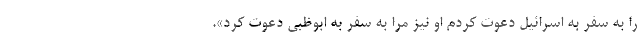
را به سفر به اسرائیل دعوت کردم او نیز مرا به سفر به ابوظبی دعوت کرد».